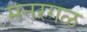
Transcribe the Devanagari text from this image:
मनरगळ